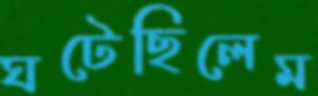
ঘটেছিলেম